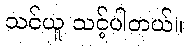
သင်ယူ သင့်ပါတယ်။